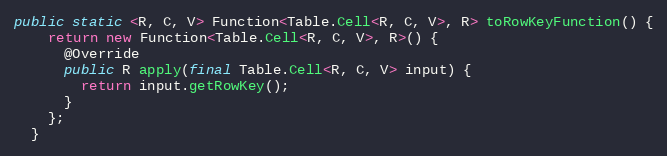
Language: Java
public static <R, C, V> Function<Table.Cell<R, C, V>, R> toRowKeyFunction() {
    return new Function<Table.Cell<R, C, V>, R>() {
      @Override
      public R apply(final Table.Cell<R, C, V> input) {
        return input.getRowKey();
      }
    };
  }